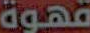
قهوة